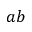
a b